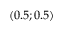
( 0 . 5 ; 0 . 5 )